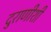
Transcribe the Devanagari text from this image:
दुराणीशी